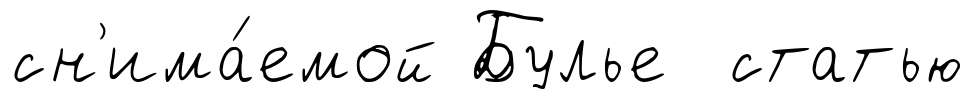
сн'има́емой Булье статью